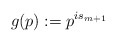
\begin{align*}g(p) := p^{is_{m+1}}\end{align*}